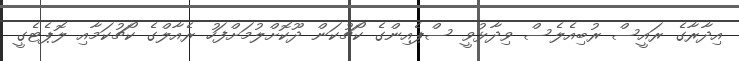
އިދާރާގެ ރައީސް ރުބިއެލެސް ވިދާޅުވީ ސްޕެއިންގެ ކޯޗުކަން ދޫކޮށްލުމަށްފަހު ރެއާލްގެ ކޯޗުކަމާއި ލޮޕެޓެގީ